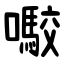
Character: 㘐